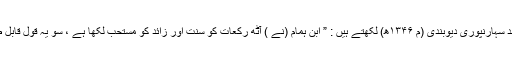
جناب خلیل احمد سہارنپوری دیوبندی (م ۱۳۴۶ھ) لکھتے ہیں : ” ابنِ ہمام (نے ) آٹھ رکعات کو سنت اور زائد کو مستحب لکھا ہے ، سو یہ قول قابل طعن کے نہیں ۔